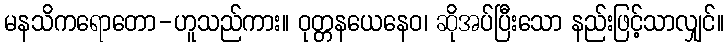
မနသိကရောတော-ဟူသည်ကား။ ဝုတ္တနယေနေဝ၊ ဆိုအပ်ပြီးသော နည်းဖြင့်သာလျှင်။